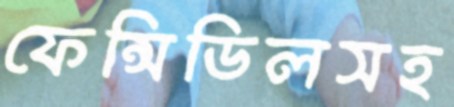
ফেন্সিডিলসহ